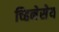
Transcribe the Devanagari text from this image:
च्हिनेसेय